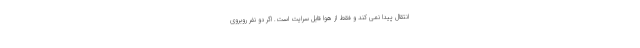
انتقال پیدا نمی کند و فقط از هوا قابل سرایت است. اگر دو نفرِ روبروی